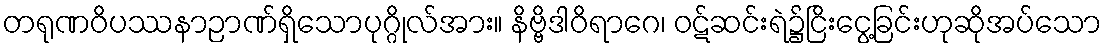
တရုဏဝိပဿနာဉာဏ်ရှိသောပုဂ္ဂိုလ်အား။ နိဗ္ဗိဒါဝိရာဂေ၊ ဝဋ်ဆင်းရဲ၌ငြိးငွေ့ခြင်းဟုဆိုအပ်သော